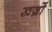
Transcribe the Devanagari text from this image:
खज्रों